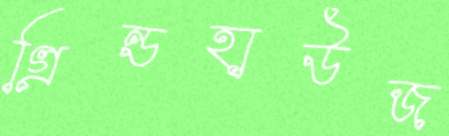
গ্রিন্ডহাউজ